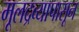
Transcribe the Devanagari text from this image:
मूलद्रव्यापासून